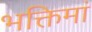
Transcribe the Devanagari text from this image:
भक्तिमां